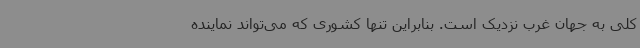
کلی به جهان غرب نزدیک است. بنابراین تنها کشوری که می‌تواند نماینده